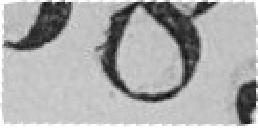
385